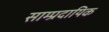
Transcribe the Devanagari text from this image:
साम्‍प्रदायिक